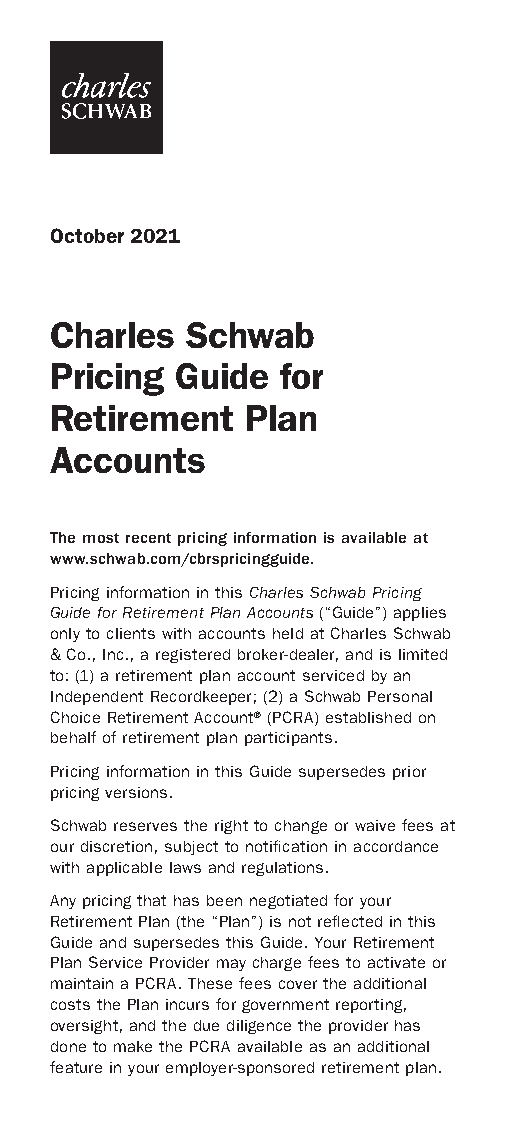
October 2021
 Charles  Schwab
 Pricing  Guide  for
 Retirement   Plan
 Accounts
 The most recent pricing information is available at
 www.schwab.com/cbrspricingguide.
 Pricing information in this Charles Schwab Pricing
 Guide for Retirement Plan Accounts (“Guide”) applies
 only to clients with accounts held at Charles Schwab
 & Co., Inc., a registered broker-dealer, and is limited
 to: (1) a retirement plan account serviced by an
 Independent Recordkeeper; (2) a Schwab Personal
 Choice Retirement Account® (PCRA) established on
 behalf of retirement plan participants.
 Pricing information in this Guide supersedes prior
 pricing versions.
 Schwab reserves the right to change or waive fees at
 our discretion, subject to notification in accordance
 with applicable laws and regulations.
 Any pricing that has been negotiated for your
 Retirement Plan (the “Plan”) is not reflected in this
 Guide and supersedes this Guide. Your Retirement
 Plan Service Provider may charge fees to activate or
 maintain a PCRA. These fees cover the additional
 costs the Plan incurs for government reporting,
 oversight, and the due diligence the provider has
 done to make the PCRA available as an additional
 feature in your employer-sponsored retirement plan.